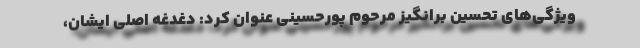
ویژگی‌های تحسین برانگیز مرحوم پورحسینی عنوان کرد: دغدغه اصلی ایشان،